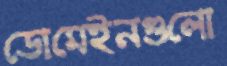
ডোমেইনগুলো